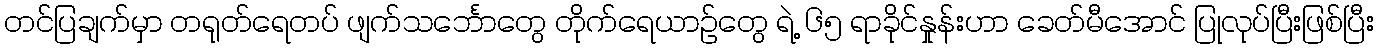
တင်ပြချက်မှာ တရုတ်ရေတပ် ဖျက်သင်္ဘောတွေ တိုက်ရေယာဉ်တွေ ရဲ့ ၆၅ ရာခိုင်နှုန်းဟာ ခေတ်မီအောင် ပြုလုပ်ပြီးဖြစ်ပြီး